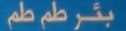
بَئرْ طمٌ